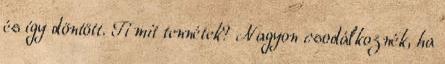
és így döntött. Ti mit tennétek? Nagyon csodálkoznék, ha